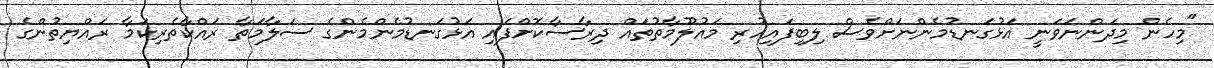
"މިހެން މިދަންނަވަނީ އަޅުގަނޑުމެންނަށްވެސް ލިބިފައިހުރި މައުލޫމާތުތައް ދިރާސާކޮށްފައި އަޅުގަނޑުމެންމެންގެ ސަލާމަތާ ރައްކާތެރިކަމާ ރައްޔިތުންގެ